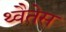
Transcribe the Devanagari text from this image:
थ्वैतेस